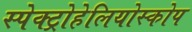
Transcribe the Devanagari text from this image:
स्पेक्ट्रोहेलियोस्कोप